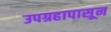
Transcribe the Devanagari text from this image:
उपग्रहापासून